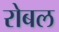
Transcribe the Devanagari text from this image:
रोबल